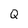
Character: Q